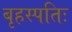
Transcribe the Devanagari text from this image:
बृहस्पतिः